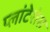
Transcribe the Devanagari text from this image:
प्लांटेशंस